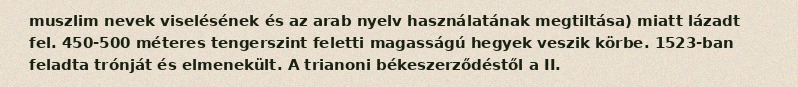
muszlim nevek viselésének és az arab nyelv használatának megtiltása) miatt lázadt fel. 450-500 méteres tengerszint feletti magasságú hegyek veszik körbe. 1523-ban feladta trónját és elmenekült. A trianoni békeszerződéstől a II.